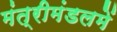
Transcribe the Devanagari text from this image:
मंत्रीमंडलमें